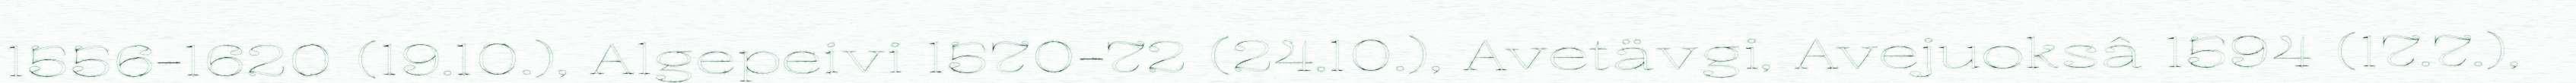
1556-1620 (19.10.), Algepeivi 1570-72 (24.10.), Avetävgi, Avejuoksâ 1594 (17.7.),